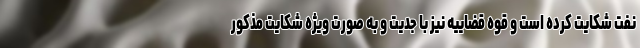
نفت شکایت کرده است و قوه قضاییه نیز با جدیت و به صورت ویژه شکایت مذکور